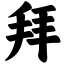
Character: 拜